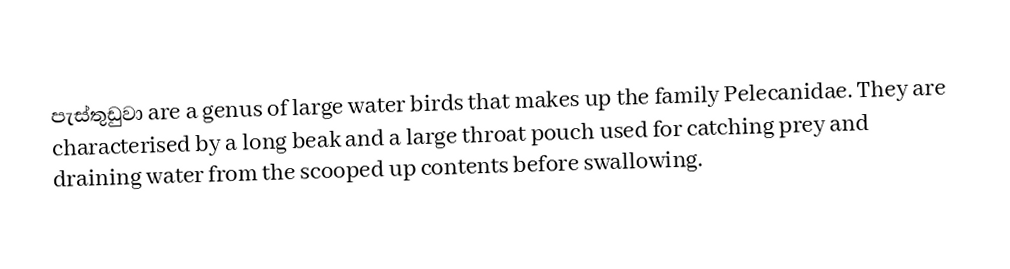
පැස්තුඩුවා are a genus of large water birds that makes up the family Pelecanidae. They are characterised by a long beak and a large throat pouch used for catching prey and draining water from the scooped up contents before swallowing.